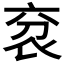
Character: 𧘠